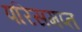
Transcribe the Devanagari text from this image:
परिसमप्‍त